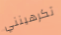
تكرهينني